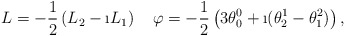
\begin{align*}L=-\frac{1}{2}\left(L_2-\i L_1\right)\quad\varphi=-\frac{1}{2}\left(3\theta^0_0+\i(\theta^1_2-\theta^2_1)\right),\end{align*}